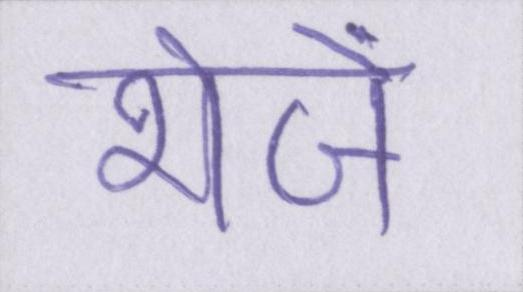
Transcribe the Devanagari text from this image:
भेजें